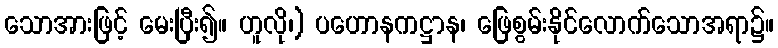
သောအားဖြင့် မေးပြီး၍။ ဟူလို၊) ပဟောနကဋ္ဌာန၊ ဖြေစွမ်းနိုင်လောက်သောအရာ၌။